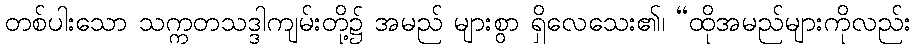
တစ်ပါးသော သက္ကတသဒ္ဒါကျမ်းတို့၌ အမည် များစွာ ရှိလေသေး၏၊ “ထိုအမည်များကိုလည်း